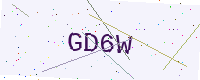
Text: GD6W